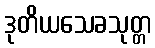
ဒုတိယသေခသုတ္တ